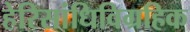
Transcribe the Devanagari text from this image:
हेरिसांधिविग्रहिक